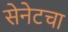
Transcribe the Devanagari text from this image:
सेनेटचा